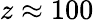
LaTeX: z\approx 100